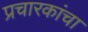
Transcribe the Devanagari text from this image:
प्रचारकांचा